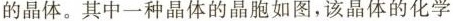
的晶体，其中一种晶体的晶胞如图，该晶体的化学